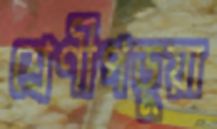
শ্রেণীপড়ুয়া